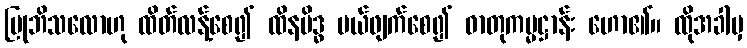
ပြုဘိသလောဟု ထိတ်လန့်စေ၍ ထိနမိဒ္ဓ ပယ်ဖျက်စေ၍ ဓာတုကမ္မဋ္ဌာန်း ဟော၏။ ထိုအခါမှ